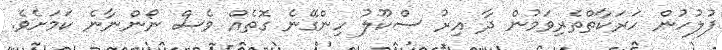
ފުލުހުން ހަރަކާތްތެރިވަމުން ދާ އިރު ސްކޫލު ހިންގޭނެ ގޮތެއް ވެސް ނޯންނާނެ ކަމަށެވެ.